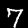
Label: 7